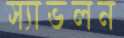
স্যাভলন